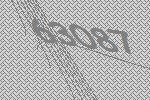
63087